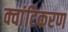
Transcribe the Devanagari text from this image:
क्वांटिकरण